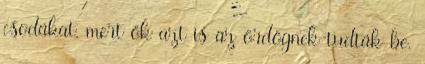
csodákat, mert ők azt is az ördögnek tudták be.